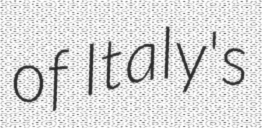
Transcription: of Italy's